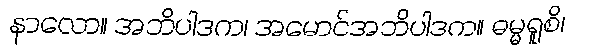
နာလော။ အဘိပါဒက၊ အမောင်အဘိပါဒက။ ဓမ္မရူစိ၊